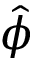
\hat { \phi }